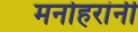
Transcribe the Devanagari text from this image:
मनोहरांनी